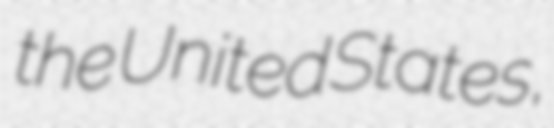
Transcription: the United States,